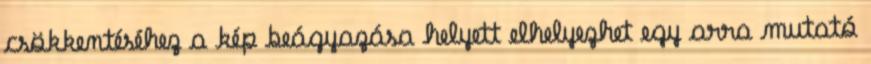
csökkentéséhez a kép beágyazása helyett elhelyezhet egy arra mutató